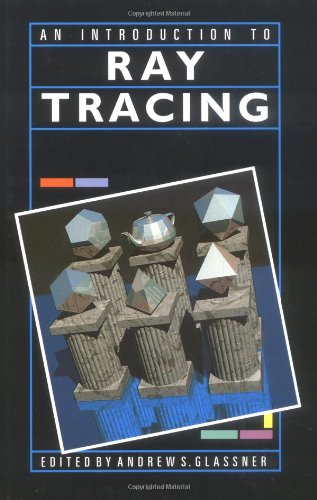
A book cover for An Introduction to Ray Tracing (The Morgan Kaufmann Series in Computer Graphics); Eric Haines; Computers & Technology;